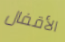
الأقفال